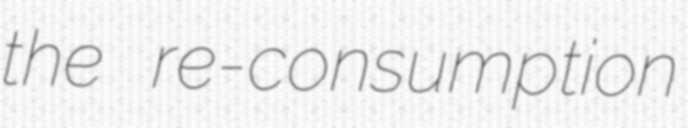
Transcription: the re-consumption